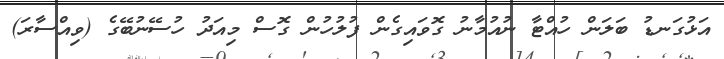
އަޅުގަނޑު ބަލަން ހުއްޓާ ނުއުމާނު ގޮވައިގެން ފުލުހުން ގޮސް މިއަދު ހުސޭނުބޭގެ (ވިއްސާރަ)